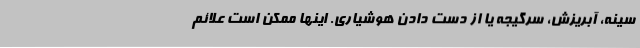
سینه، آبریزش، سرگیجه یا از دست دادن هوشیاری. اینها ممکن است علائم